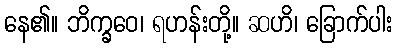
နေ၏။ ဘိက္ခဝေ၊ ရဟန်းတို့။ ဆဟိ၊ ခြောက်ပါး